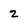
Character: 2